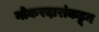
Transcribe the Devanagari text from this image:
नोकरदारांकडून